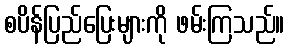
စပိန်ပြည်ပြေးများကို ဖမ်းကြသည်။